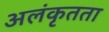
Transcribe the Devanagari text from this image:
अलंकृतता